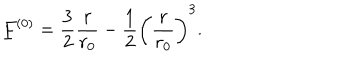
LaTeX: \underline { { { F } } } ^ { ( 0 ) } = \frac 3 2 \frac { r } { r _ { 0 } } - \frac 1 2 \left( \frac { r } { r _ { 0 } } \right) ^ { 3 } .